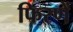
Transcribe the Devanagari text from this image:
फिरणें